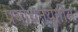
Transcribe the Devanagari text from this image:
प्रबोधनयुगीन